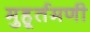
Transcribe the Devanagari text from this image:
मुहूर्तमणी